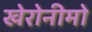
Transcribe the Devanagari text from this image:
खेरोनीमो